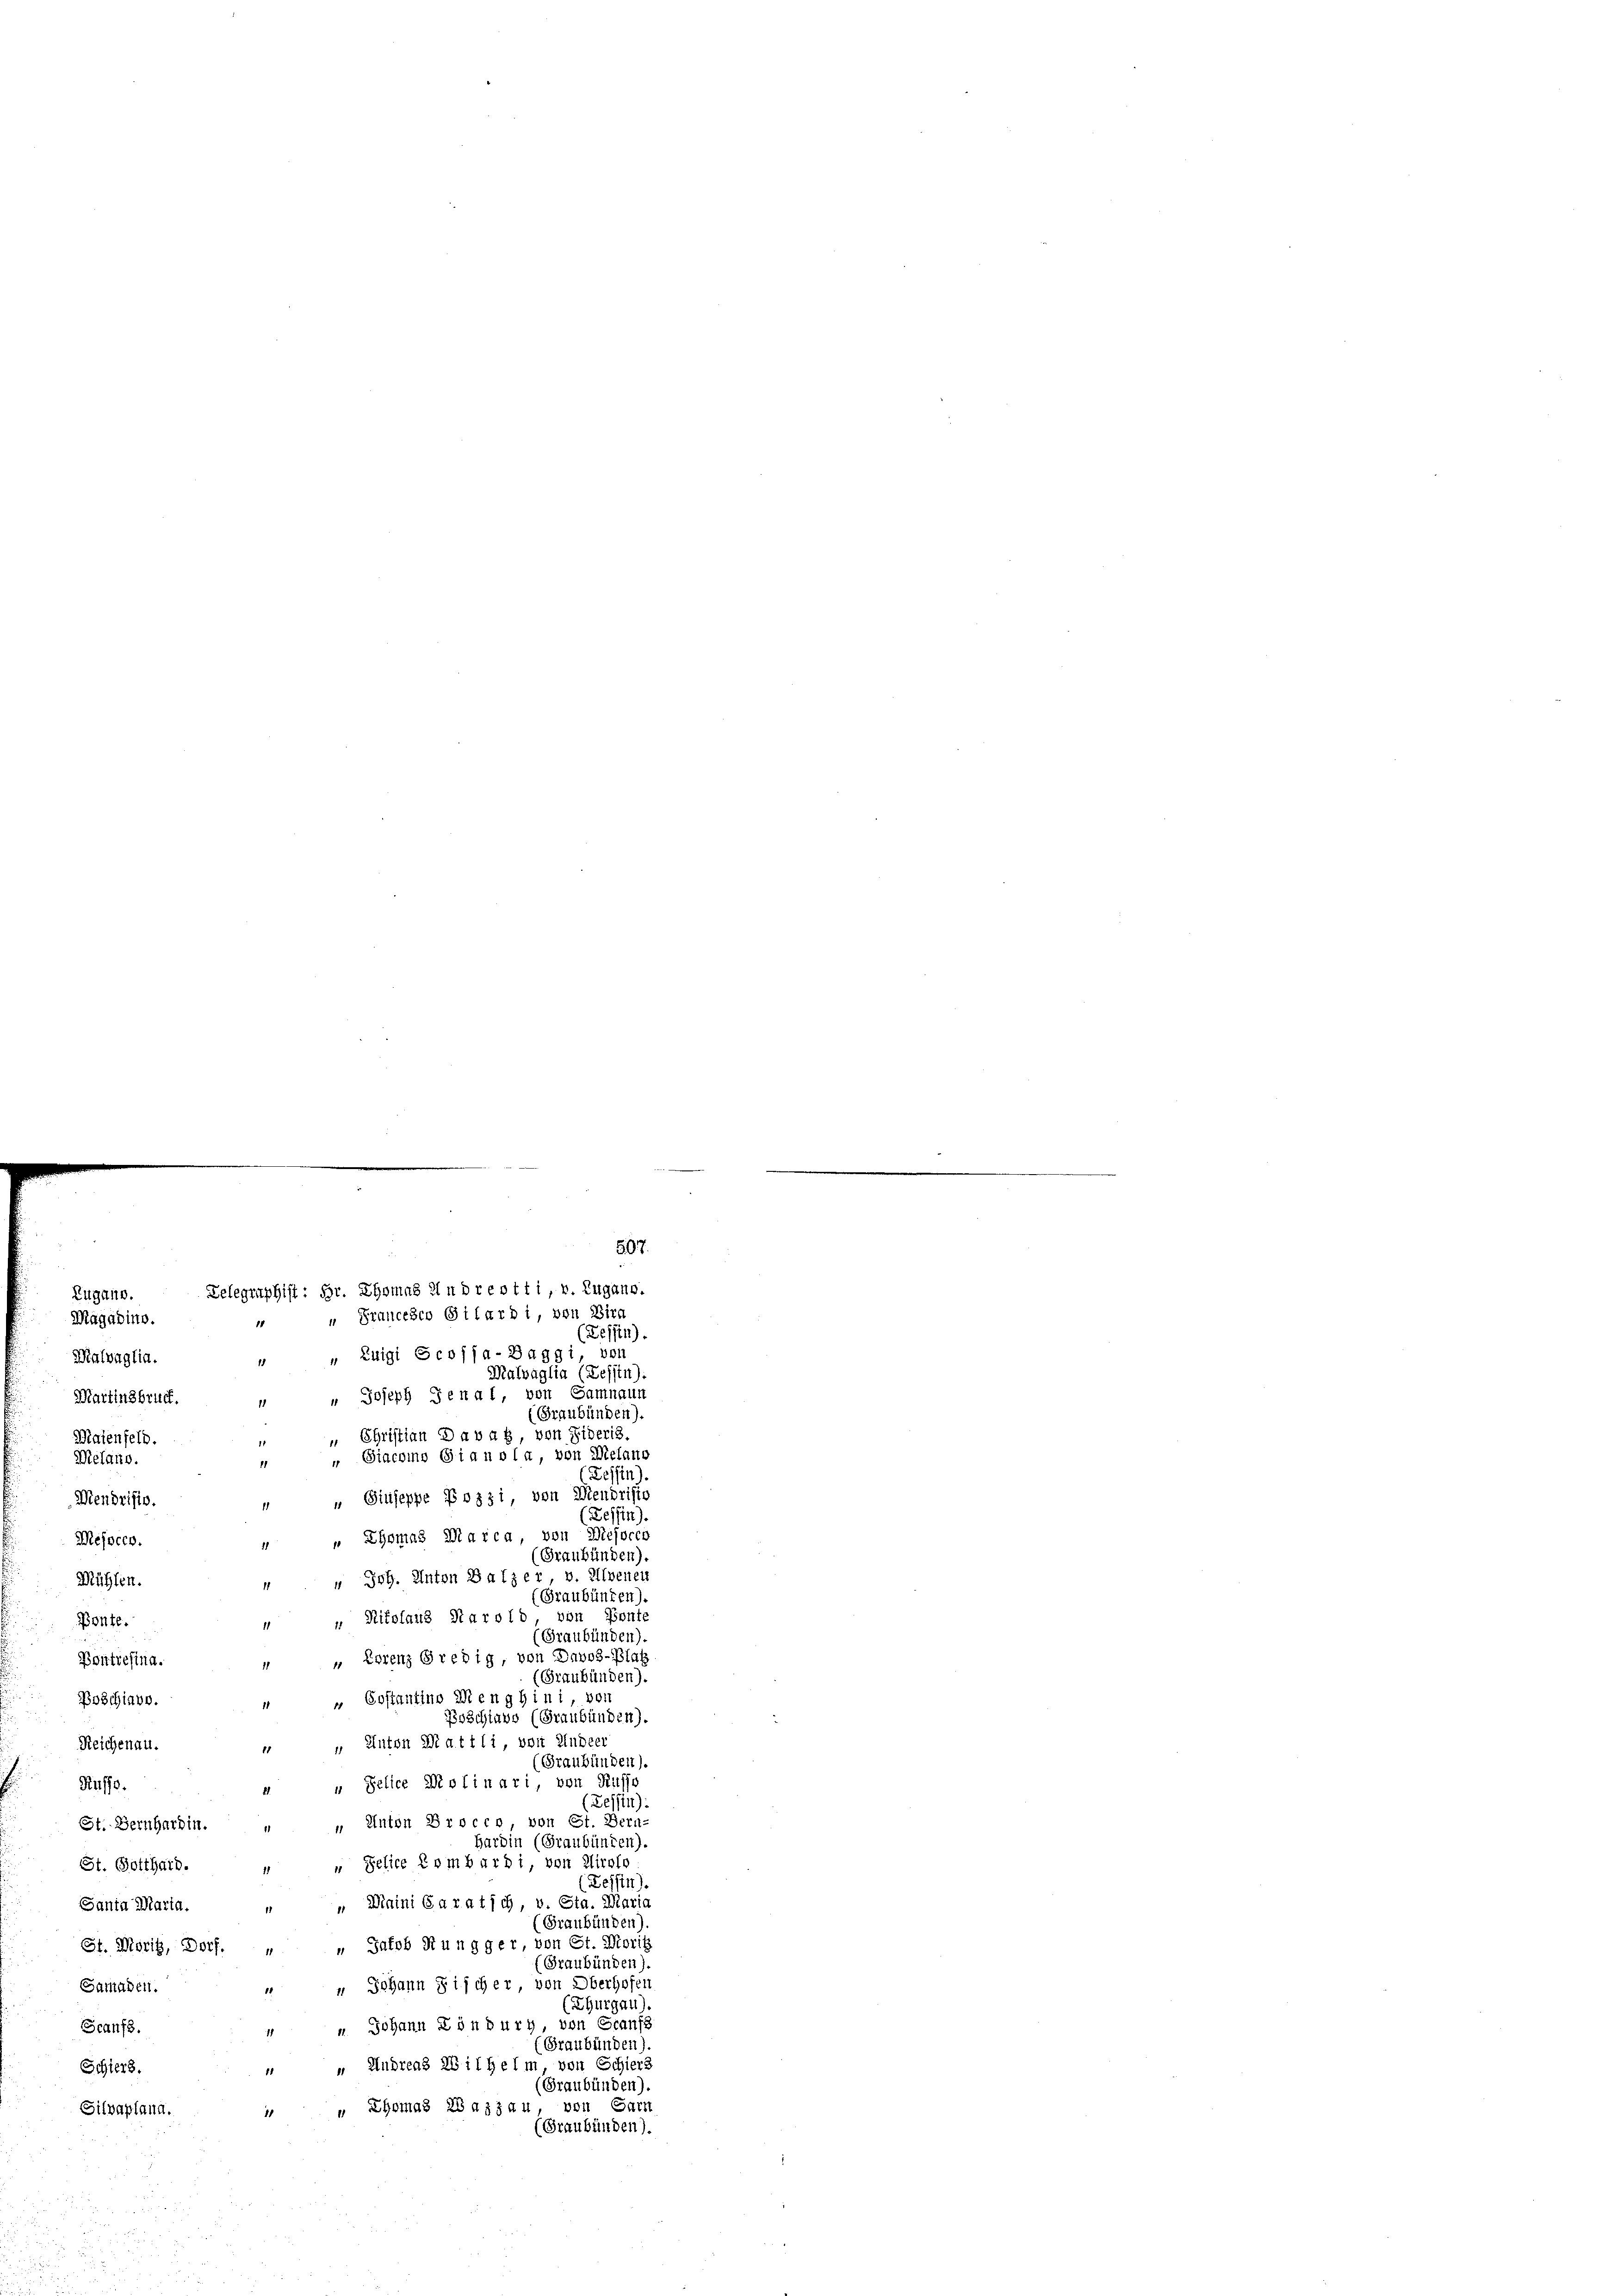
Zugano.
Magäbino.
11
(Zessin).
1 " Euigi Scojja-Baggi, von
Malvaglia (Tessin).
" Joseph Jenal, von Samnaun
(Graubünden).
„ Christian Davag, von Ziberis.
1
" Siacomo Gianola, von Melano
11
(Zessin).
„ Giuseppe Bossi, von Mendrisie
(Leffen).
1 " Ehomas Marca, von Mesocco
(Graubünden).
" " Joh. Anton Balzer v. Ilvenen
Mühlen.
Graubünden).
von Ponte
Rikolaus Karoli
Ponte.
(Graubünden).
1 " Eorenz Gredig, von Davos-Blaß
Poutresina.
(Graubünden).
 Costantino Menghini von
Poschiavo.
Poschiavo (Graubünden).
 " Anton Mattli, von Kindeer
Reichenau.
(Graubünden).
4. " Selice Molinari, von Ruffo
Ruffs.
(Zessin):
St. Bernhardin. " " Anton Procco von St. Bern-
Hardin (Graubünden).
 Pelice Combardi, von Airolo
St. Gotthard.
Zessin).
„ Winini Caratich, v. Sta. Maria
Santa Maria,
(Graubünden).
" Jakob Rungger, von St. Morit
St. Moritz, Dorf.
(Graubünden).
" " Johann Fischer, von Oberhofen
Samaden.
(Thurgau)
 " Johann Lönburg von Graufs
Scanfs.
(Graubünden).
“ Andreas Wilhelm, von Schiers
Schiers.
(Graubünden).
 Thomas Waizau, von Sarr
Silvaplana
(Graubünden).

Malvaglia.
Martinsbruch
Maienfeld.
Melang.
Mendrisis.
Messecr.

507.
Lelegmphist: Hr. Thomas in dreotti, v. Zugano.
u Francesco Girardi, von Birn